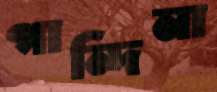
গান্দিনা